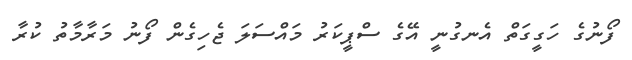
ފޯނުގެ ހަގީގަތް އެނގުނީ އޭގެ ސްޕީކަރު މައްސަލަ ޖެހިގެން ފޯނު މަރާމާތު ކުރާ